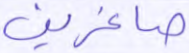
صاغرين